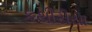
કથીરીયા